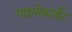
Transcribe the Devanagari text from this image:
गाइनोकार्डेट